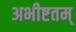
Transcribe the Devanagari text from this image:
अभीष्टतम्